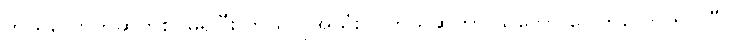
ဘယ်လောက်ဆက်စပ်မှုရှိပြီး ဘယ်လိုအသုံးဝင်တယ်ဆိုတာ သဘော ပေါက်လောက်ပါပြီ။